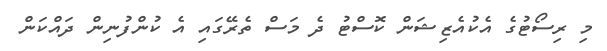
މި ރިސޯޓުގެ އެކުއެޒިޝަން ކޮސްޓު ދެ މަސް ތެރޭގައި އެ ކުންފުނިން ދައްކަން